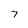
Character: 7